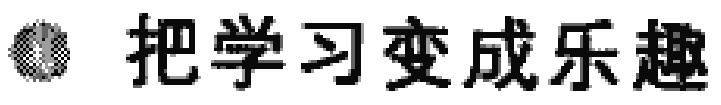
把学习变成乐趣